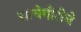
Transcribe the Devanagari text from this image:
चाचेगीरीचे